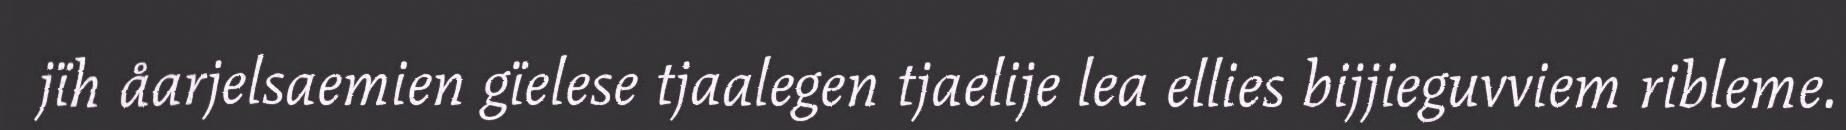
jïh åarjelsaemien gïelese tjaalegen tjaelije lea ellies bijjieguvviem ribleme.